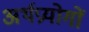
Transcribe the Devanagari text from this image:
अर्थप्रयोगों